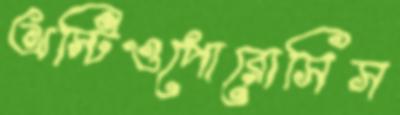
অস্টিওপোরোসিস